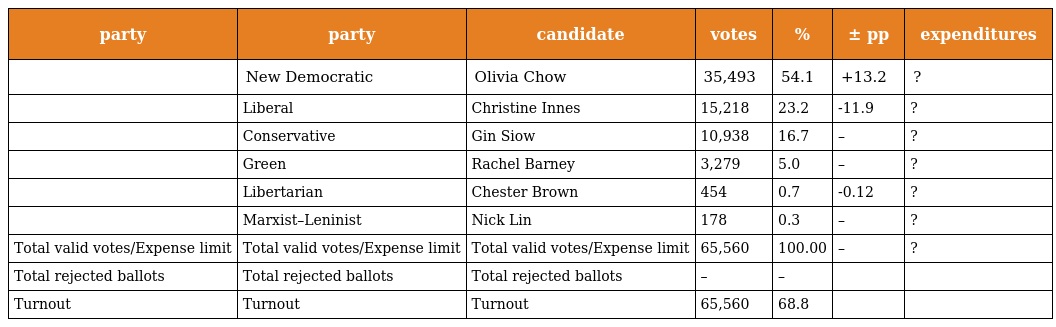
| party | party | candidate | votes | % | ± pp | expenditures |
 | --- | --- | --- | --- | --- | --- | --- |
 |  | New Democratic | Olivia Chow | 35,493 | 54.1 | +13.2 | ? |
 |  | Liberal | Christine Innes | 15,218 | 23.2 | -11.9 | ? |
 |  | Conservative | Gin Siow | 10,938 | 16.7 | – | ? |
 |  | Green | Rachel Barney | 3,279 | 5.0 | – | ? |
 |  | Libertarian | Chester Brown | 454 | 0.7 | -0.12 | ? |
 |  | Marxist–Leninist | Nick Lin | 178 | 0.3 | – | ? |
 | Total valid votes/Expense limit | Total valid votes/Expense limit | Total valid votes/Expense limit | 65,560 | 100.00 | – | ? |
 | Total rejected ballots | Total rejected ballots | Total rejected ballots | – | – |  |  |
 | Turnout | Turnout | Turnout | 65,560 | 68.8 |  |  |